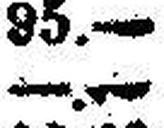
—.—